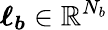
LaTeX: \boldsymbol{\ell_{b}}\in\mathbb{R}^{N_{b}}